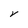
Character: V